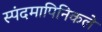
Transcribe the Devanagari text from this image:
स्पंदमापिनिकले